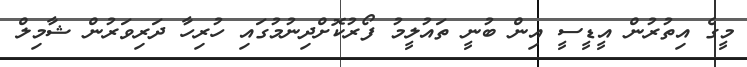
މީގެ އިތުރުން އީޑީސީ އިން ބުނީ ތައުލީމު ފޯރުކޮށްދިނުމުގައި ހުރިހާ ދަރިވަރުން ޝާމިލް